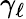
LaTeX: \gamma_{\ell}